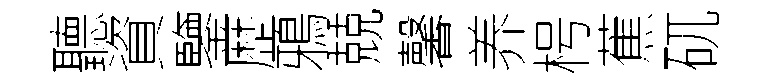
聽資鑒歴鴉兢馨养枵蕉矹